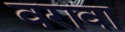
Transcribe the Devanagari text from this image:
वरावा